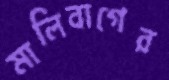
মালিবাগের